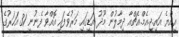
އިއްޔެ އައި.ޖީ.އެމް.އެޗްއާ ދިމާލުން މޫދު އަޑީގައި މަރުވެފައި އޮއްވާ ފެނުނީ 31 އަހަރުގެ